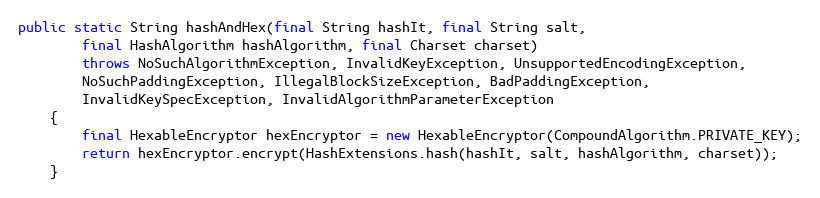
Language: Java
public static String hashAndHex(final String hashIt, final String salt,
		final HashAlgorithm hashAlgorithm, final Charset charset)
		throws NoSuchAlgorithmException, InvalidKeyException, UnsupportedEncodingException,
		NoSuchPaddingException, IllegalBlockSizeException, BadPaddingException,
		InvalidKeySpecException, InvalidAlgorithmParameterException
	{
		final HexableEncryptor hexEncryptor = new HexableEncryptor(CompoundAlgorithm.PRIVATE_KEY);
		return hexEncryptor.encrypt(HashExtensions.hash(hashIt, salt, hashAlgorithm, charset));
	}